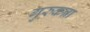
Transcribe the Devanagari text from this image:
गुरुकन्ना